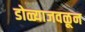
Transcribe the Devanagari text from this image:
डोळ्याजवळून